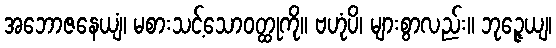
အဘောဇနေယျံ၊ မစားသင့်သောဝတ္ထုကို။ ဗဟုံပိ၊ များစွာလည်း။ ဘုဉ္ဇေယျ၊